Civil Veterinary Dept. Bombay admin report 1900-1906 - 1900-1906
Year: 1900
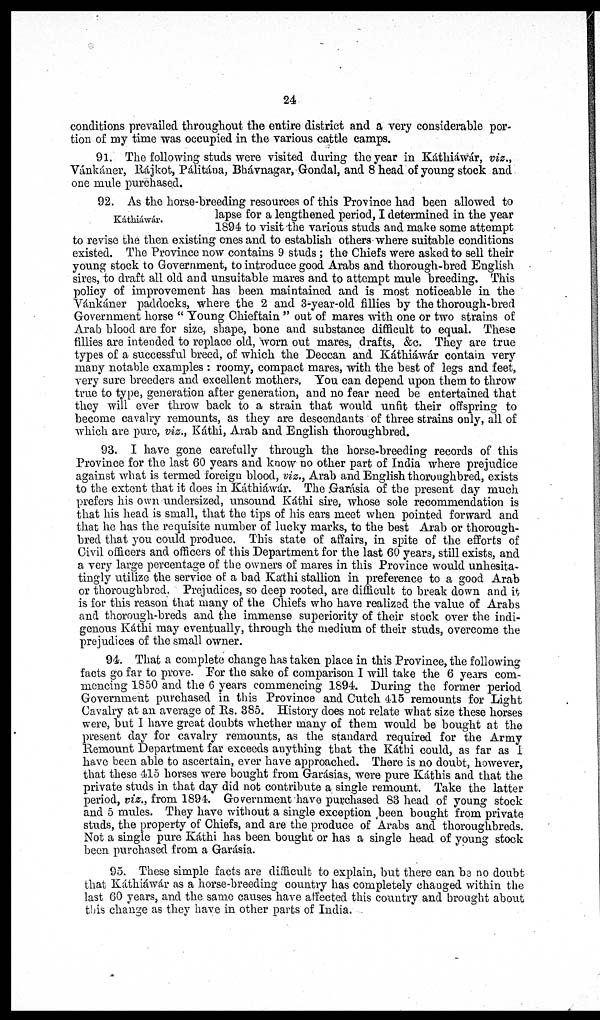
24
conditions prevailed throughout the entire district and a very considerable por-
tion of my time was occupied in the various cattle camps.
91. The following studs were visited during the year in Káthiáwár, viz.,
Vánkáner, Rájkot, Pálitána, Bhávnagar, Gondal, and 8 head of young stock and
one mule purchased.
Káthiáwár.
92. As the horse-breeding resources of this Province had been allowed to
lapse for a lengthened period, I determined in the year
1894 to visit the various studs and make some attempt
to revise the then existing ones and to establish others where suitable conditions
existed. The Province now contains 9 studs; the Chiefs were asked to sell their
young stock to Government, to introduce good Arabs and thorough-bred English
sires, to draft all old and unsuitable mares and to attempt mule breeding. This
policy of improvement has been maintained and is most noticeable in the
Vankáaner paddocks, where the 2 and 3-year-old fillies by the thorough-bred
Government horse "Young Chieftain" out of mares with one or two strains of
Arab blood are for size, shape, bone and substance difficult to equal. These
fillies are intended to replace old, worn out mares, drafts, &c. They are true
types of a successful breed, of which the Deccan and Káthiáwár contain very
many notable examples: roomy, compact mares, with the best of legs and feet,
very sure breeders and excellent mothers. You can depend upon them to throw
true to type, generation after generation, and no fear need be entertained that
they will ever throw back to a strain that would unfit their offspring to
become cavalry remounts, as they are descendants of three strains only, all of
which are pure, viz., Káthi, Arab and English thoroughbred.
93. I have gone carefully through the horse-breeding records of this
Province for the last 60 years and know no other part of India where prejudice
against what is termed foreign blood, viz., Arab and English thoroughbred, exists
to the extent that it does in Káthiáwár. The Garásia of the present day much
prefers his own undersized, unsound Káthi sire, whose sole recommendation is
that his head is small, that the tips of his ears meet when pointed forward and
that he has the requisite number of lucky marks, to the best Arab or thorough-
bred that you could produce. This state of affairs, in spite of the efforts of
Civil officers and officers of this Department for the last 60 years, still exists, and
a very large percentage of the owners of mares in this Province would unhesita-
tingly utilize the service of a bad Kathi stallion in preference to a good Arab
or thoroughbred. Prejudices, so deep rooted, are difficult to break down and it
is for this reason that many of the Chiefs who have realized the value of Arabs
and thorough-breds and the immense superiority of their stock over the indi-
genous Káthi may eventually, through the medium of their studs, overcome the
prejudices of the small owner.
94. That a complete change has taken place in this Province, the following
facts go far to prove. For the sake of comparison I will take the 6 years com-
mencing 1850 and the 6 years commencing 1894. During the former period
Government purchased in this Province and Cutch 415 remounts for Light
Cavalry at an average of Rs. 385. History does not relate what size these horses
were, but I have great doubts whether many of them would be bought at the
present day for cavalry remounts, as the standard required for the Army
Remount Department far exceeds anything that the Káthi could, as far as I
have been able to ascertain, ever have approached. There is no doubt, however,
that these 415 horses were bought from Garásias, were pure Káthis and that the
private studs in that day did not contribute a single remount. Take the latter
period, viz., from 1894. Government have purchased 83 head of young stock
and 5 mules. They have without a single exception been bought from private
studs, the property of Chiefs, and are the produce of Arabs and thoroughbreds.
Not a single pure Káthi has been bought or has a single head of young stock
been purchased from a Garásia.
95. These simple facts are difficult to explain, but there can be no doubt
that Káthiáwár as a horse-breeding country has completely changed within the
last 60 years, and the same causes have affected this country and brought about
this change as they have in other parts of India.